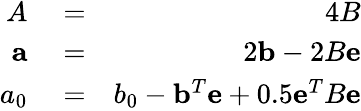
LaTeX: \begin{array}{rlr}{A}&{{}=}&{4B}\\ {{\mathbf a}}&{{}=}&{2{\mathbf b}-2B{\mathbf e}}\\ {a_{0}}&{{}=}&{b_{0}-{\mathbf b}^{T}{\mathbf e}+0.5{\mathbf e}^{T}B{\mathbf e}}\end{array}